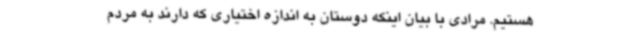
هستیم. مرادی با بیان اینکه دوستان به اندازه اختیاری که دارند به مردم